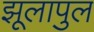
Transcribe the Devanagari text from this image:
झूलापुल